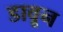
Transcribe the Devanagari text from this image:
डावून